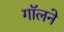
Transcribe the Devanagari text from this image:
गॉलने